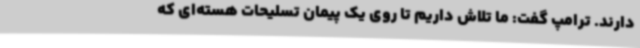
دارند. ترامپ گفت: ما تلاش داریم تا روی یک پیمان تسلیحات هسته‌ای که